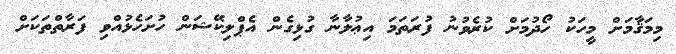
މިމަޤާމަށް މީހަކު ހޯދުމަށް ކުރެވުނު ފުރަތަމަ އިޢުލާނާ ގުޅިގެން އެޕްލިކޭޝަން ހުށަހެޅުއްވި ފަރާތްތަކަށް